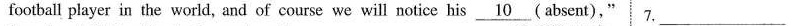
football player in the world, and of course we will notice his \underline{10} (absent)," 7.___